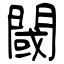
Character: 閾